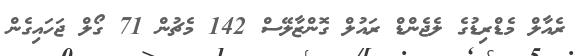
ރެއާލް މެޑްރިޑުގެ ލެޖެންޑް ރައުލް ގޮންޒާލޭސް 142 މެޗުން 71 ގޯލް ޖަހައިގެން